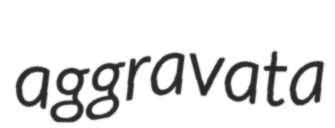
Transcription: aggravata